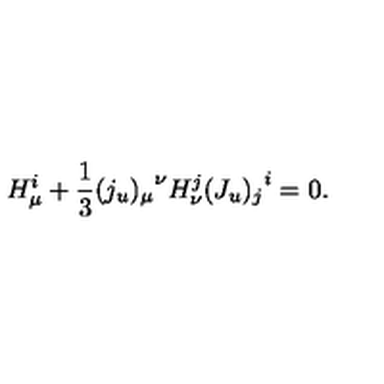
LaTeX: H _ { \mu } ^ { i } + { \frac { 1 } { 3 } } { ( j _ { u } ) _ { \mu } } ^ { \nu } H _ { \nu } ^ { j } { ( J _ { u } ) _ { j } } ^ { i } = 0 .